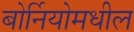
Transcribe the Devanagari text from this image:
बोर्नियोमधील